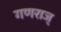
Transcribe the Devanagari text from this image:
गणराज्